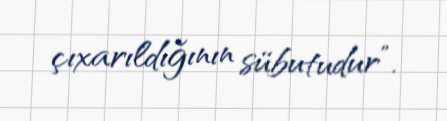
çıxarıldığının sübutudur”.